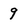
Character: 9